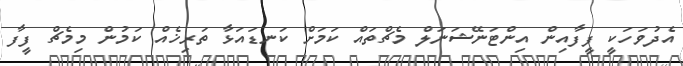
އެދުވަހަކީ ފީފާއިން އިންޓަނޭޝަނަލް މެޗްތައް ކަމަށް ކަނޑައަޅާ ތަރިޚެއް ކަމުން މިމެޗް ފީފާ